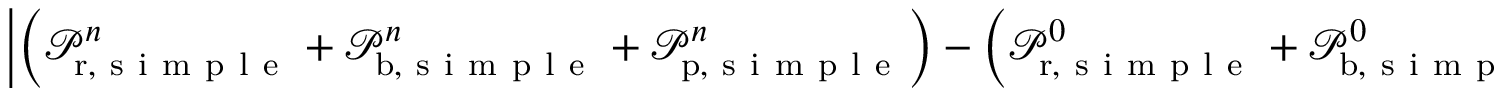
\left| \left( \mathcal P _ { \mathrm { r } , \mathrm { ~ s ~ i ~ m ~ p ~ l ~ e ~ } } ^ { n } + \mathcal P _ { \mathrm { b } , \mathrm { ~ s ~ i ~ m ~ p ~ l ~ e ~ } } ^ { n } + \mathcal P _ { \mathrm { p } , \mathrm { ~ s ~ i ~ m ~ p ~ l ~ e ~ } } ^ { n } \right) - \left( \mathcal P _ { \mathrm { r } , \mathrm { ~ s ~ i ~ m ~ p ~ l ~ e ~ } } ^ { 0 } + \mathcal P _ { \mathrm { b } , \mathrm { ~ s ~ i ~ m ~ p ~ l ~ e ~ } } ^ { 0 } + \mathcal P _ { \mathrm { p } , \mathrm { ~ s ~ i ~ m ~ p ~ l ~ e ~ } } ^ { 0 } \right) \right| \, , \quad n = 0 , 1 0 , 2 0 , \hdots \, ,